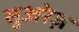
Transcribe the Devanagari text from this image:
सुअरेज़